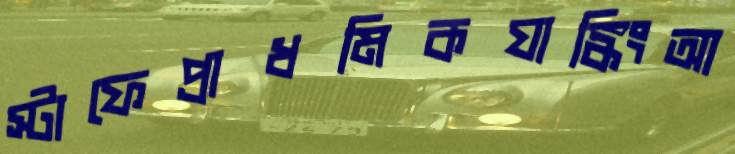
স্টাফেপ্রাধমিকযাঙ্কিংআ